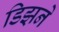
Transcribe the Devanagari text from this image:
डिझने